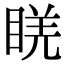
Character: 𥇉